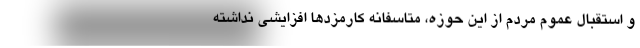
و استقبال عموم مردم از این حوزه، متاسفانه کارمزدها افزایشی نداشته